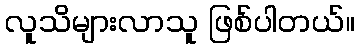
လူသိများလာသူ ဖြစ်ပါတယ်။